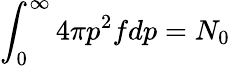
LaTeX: \int_{0}^{\infty}4\pi p^{2}fdp=N_{0}